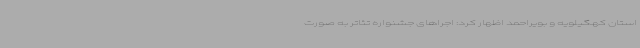
استان کهگیلویه و بویراحمد اظهار کرد: اجراهای جشنواره تئاتر به صورت